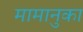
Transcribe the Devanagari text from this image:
मामानुका